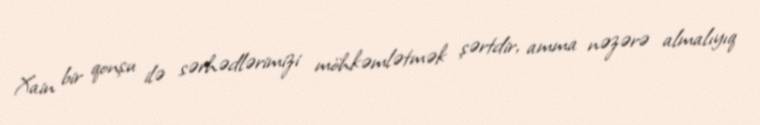
Xain bir qonşu ilə sərhədlərimizi möhkəmlətmək şərtdir, amma nəzərə almalıyıq